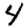
Digit: 4